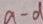
a - d